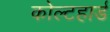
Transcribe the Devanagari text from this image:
कोल्टहार्ड